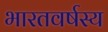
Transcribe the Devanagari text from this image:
भारतवर्षस्य